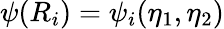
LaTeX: \psi(R_{i})=\psi_{i}(\eta_{1},\eta_{2})